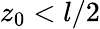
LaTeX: z_{0}<l/2